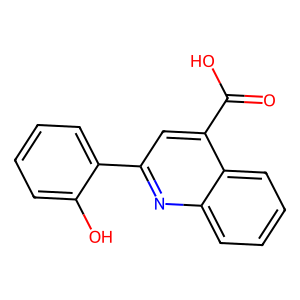
SMILES: O=C(O)c1cc(-c2ccccc2O)nc2ccccc12
Inhibits HIV replication: No